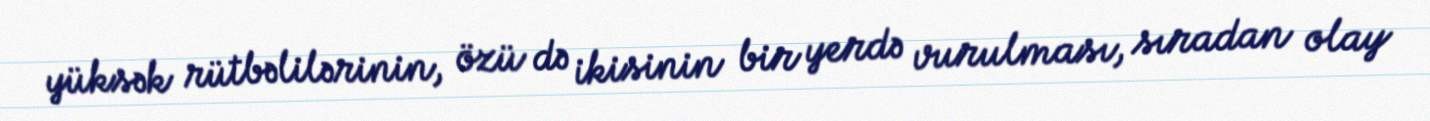
yüksək rütbəlilərinin, özü də ikisinin bir yerdə vurulması, sıradan olay